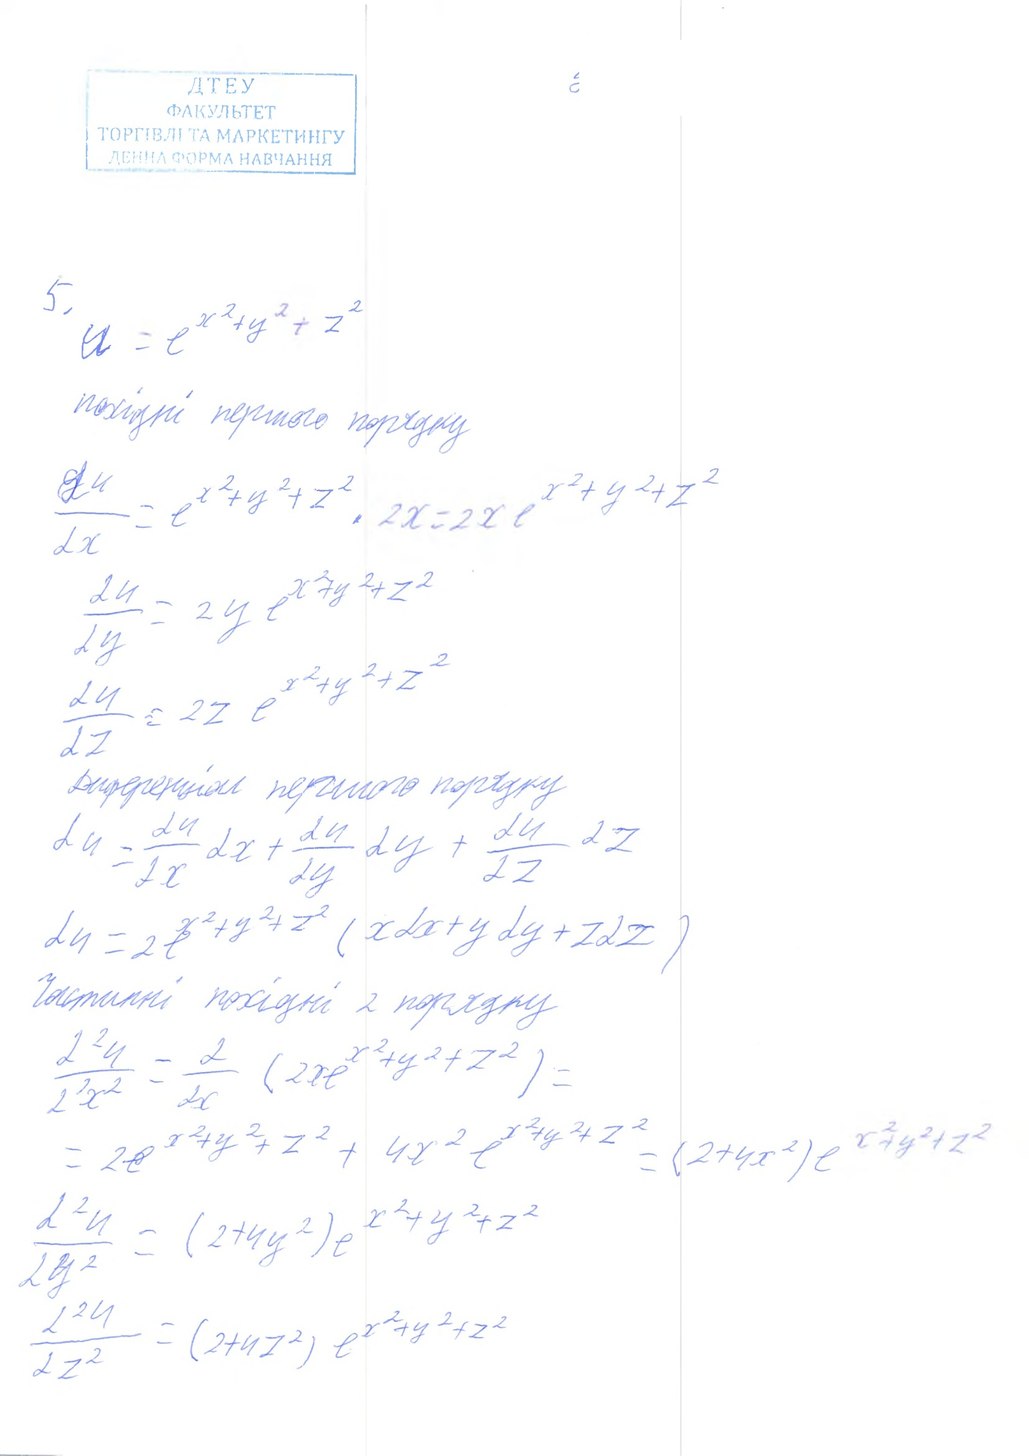
5,
u = e^ x^2+y^2+z^2
похідні першого порядку
∂u/∂x = e^{x^2+y^2+z^2} . 2x = 2x e^{x^2+y^2+z^2}
∂u / ∂y = = 2 y e^{x^2+y^2+z^2}
∂u/∂z = 2z e^{x^2+y^2+z^2}
Диференціал першого порядку
∂u = \frac{∂u}{∂x} ∂x + \frac{∂u}{∂y} ∂y + \frac{∂u}{∂z} ∂z
∂u = 2 e^{x^2 + y^2 + z^2} ( x ∂x + y ∂y + z ∂z )
Частинні похідні 2 порядку
(\partial∂^2 u)/(\partial∂^2x^2) = \partial∂/(\partial ∂x) (2xe^{x^2+y^2+z^2}) =
= 2e^{x^2+y^2+z^2} + 4x^2e^{x^2+y^2+z^2} = (2+4x^2)e^{x^2+y^2+z^2}
∂^2u / ∂y^2 = (2 + 4y^2)e^{x^2 + y^2 + z^2}
∂^2u / ∂z^2 = (2 + 4z^2)e^{x^2 + y^2 + z^2}